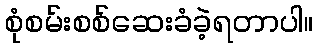
စုံစမ်းစစ်ဆေးခံခဲ့ရတာပါ။